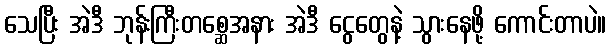
သေပြီး အဲဒီ ဘုန်းကြီးတစ္ဆေအနား အဲဒီ ငွေတွေနဲ့ သွားနေဖို့ ကောင်းတာပဲ။